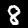
Label: 8